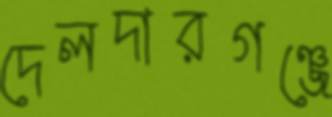
দেলদারগঞ্জে